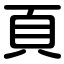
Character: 頁